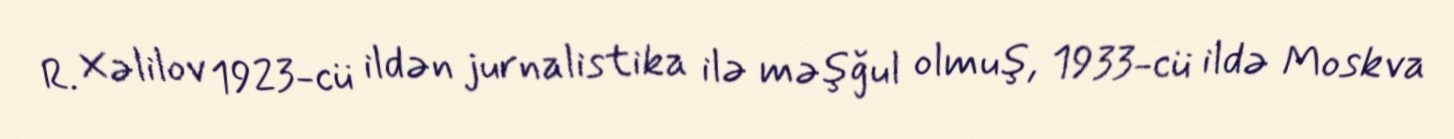
R. Xəlilov 1923-cü ildən jurnalistika ilə məşğul olmuş, 1933-cü ildə Moskva